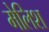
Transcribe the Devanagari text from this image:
मेलिश